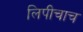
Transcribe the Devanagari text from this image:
लिपीचाच